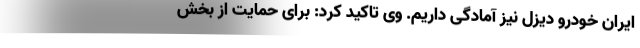
ایران خودرو دیزل نیز آمادگی داریم. وی تاکید کرد: برای حمایت از بخش